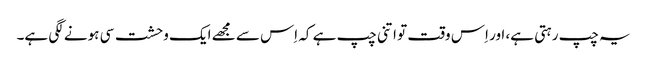
یہ چپ رہتی ہے، اور اِس وقت تو اتنی چپ ہے کہ اِس سے مجھے ایک وحشت سی ہونے لگی ہے۔